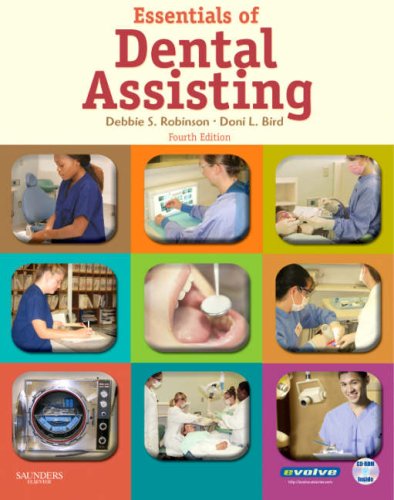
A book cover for Essentials of Dental Assisting, 4e; Debbie S. Robinson CDA  MS; Medical Books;